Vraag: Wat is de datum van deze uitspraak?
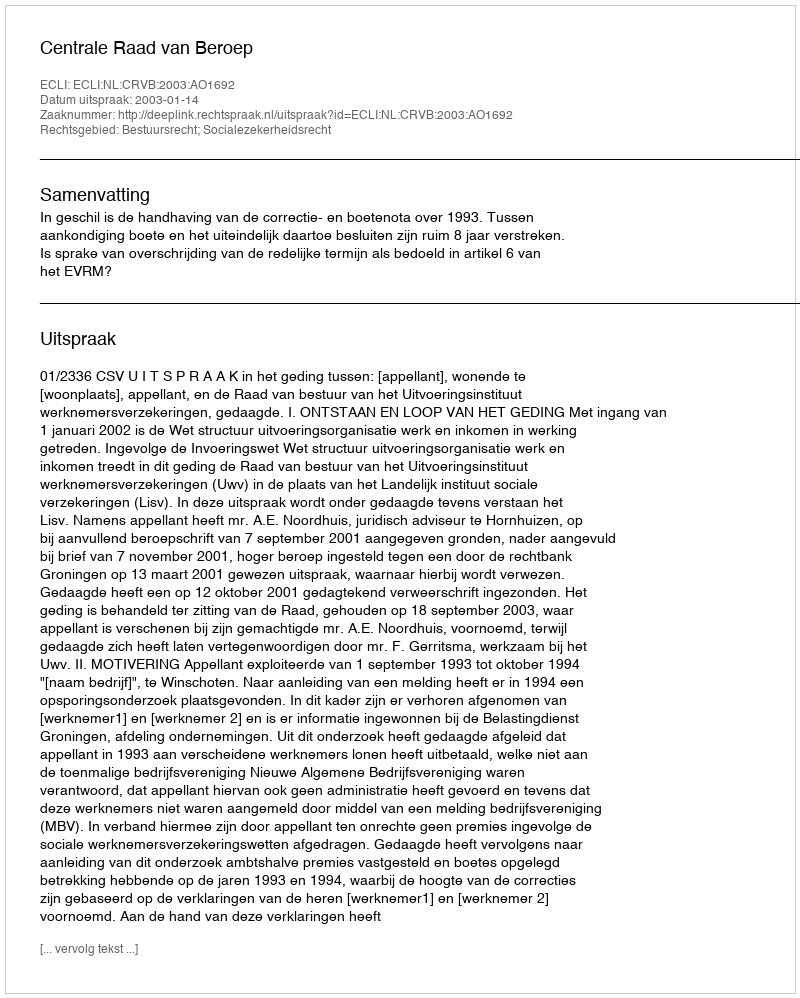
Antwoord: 2003-01-14